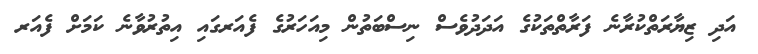
އަދި ޒިޔާރަތްކުރާނެ ފަރާތްތަކުގެ އަދަދުވެސް ނިސްބަތުން މިއަހަރުގެ ފެއަރގައި އިތުރުވާނެ ކަމަށް ފެއަރ